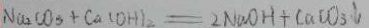
N a _ { 2 } C O _ { 3 } + C a ( O H ) _ { 2 } = 2 N a O H + C a C O _ { 3 } \downarrow